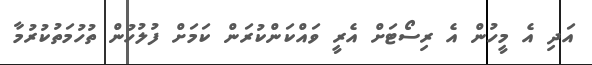
އަދި އެ މީހުން އެ ރިސޯޓަށް އެރީ ވައްކަންކުރަން ކަމަށް ފުލުހުން ތުހުމަތުކުރުމާ